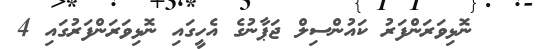
ނޮޅިވަރަންފަރު ކައުންސިލް ޖަޕާނުގެ އެހީގައި ނޮޅިވަރަންފަރުގައި 4